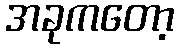
အခုကတော့